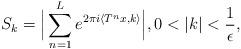
LaTeX: \begin{align*}S_{k}=\Big\lvert\sum_{n=1}^{L}e^{2\pi i\langle T^nx,k\rangle}\Big\lvert,0<|k|<\frac{1}{\epsilon},\end{align*}